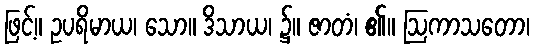
ဖြင့်။ ဥပရိမာယ၊ သော။ ဒိသာယ၊ ၌။ ဇာတံ၊ ၏။ ဩကာသတော၊